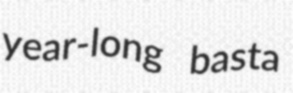
year-long basta